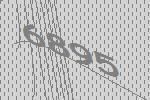
6895